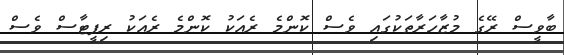
ބާވީސް ރޭގެ މުޒާހަރާތަކުގައި ވެސް ކޮންމެ ރެއަކު ކޮންމެ ރެއަކު ރިޕީޓާސް ވެސް